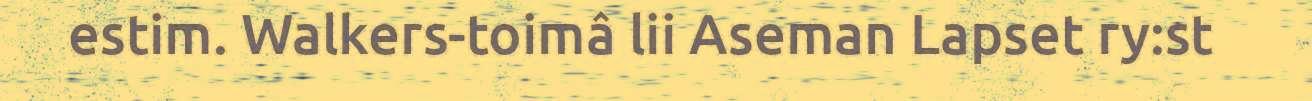
estim. Walkers-toimâ lii Aseman Lapset ry:st